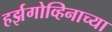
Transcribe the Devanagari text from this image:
हर्झगोव्हिनाच्या